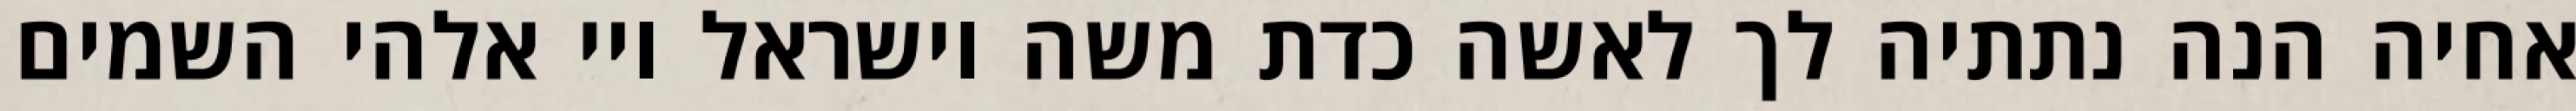
אחיה הנה נתתיה לך לאשה כדת משה וישראל ויי אלהי השמים